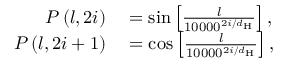
\begin{array} { r l } { P \left( l , 2 i \right) } & { { } = \mathrm { s i n } \left[ \frac { l } { 1 0 0 0 0 ^ { 2 i / d _ { \mathrm { H } } } } \right] , } \\ { P \left( l , 2 i + 1 \right) } & { { } = \mathrm { c o s } \left[ \frac { l } { 1 0 0 0 0 ^ { 2 i / d _ { \mathrm { H } } } } \right] , } \end{array}